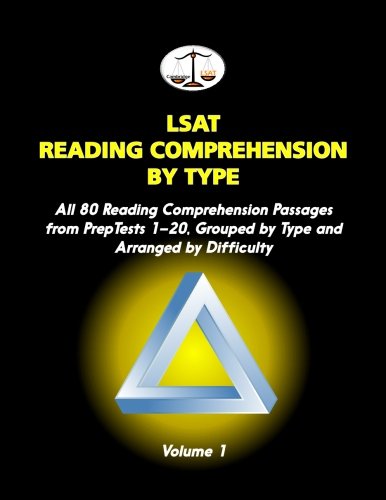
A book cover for LSAT Reading Comprehension by Type, Volume 1: All 80 Reading Comprehension Passages from PrepTests 1-20, Grouped by Type and Arranged by Difficulty (Cambridge LSAT); Morley Tatro; Test Preparation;